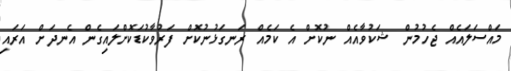
މައްސަލައެއް ޖެހުމުން ޝަކުވާއެއް ނުކޮށް އެ ކަމެއް ރަނގަޅުނުކޮށް ފަރުވާކުޑަކޮށްލައިގެން އެނދަށް އަރައި